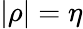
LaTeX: |\rho|=\eta